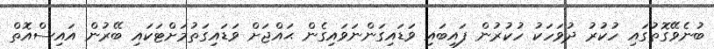
ބުނެވޭގޮތުގައި ހުކުރު ދުވަހަކު ހުކުރުން ފައިބައި ވަޑައިގަންނަވައިގެން ޙައްޖަށް ވަޑައިގަތުމަށްޓަކައި ބޭރުން އައިސްއޮތް